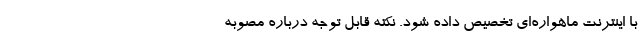
با اینترنت ماهواره‌ای تخصیص داده شود. نکته قابل توجه درباره مصوبه